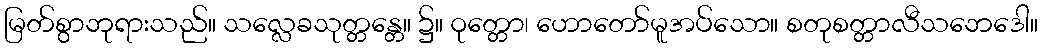
မြတ်စွာဘုရားသည်။ သလ္လေခသုတ္တန္တေ။ ၌။ ဝုတ္တော၊ ဟောတော်မူအပ်သော။ စတုစတ္တာလီသဘေဒေါ။